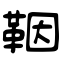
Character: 鞇